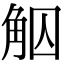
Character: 𧣕